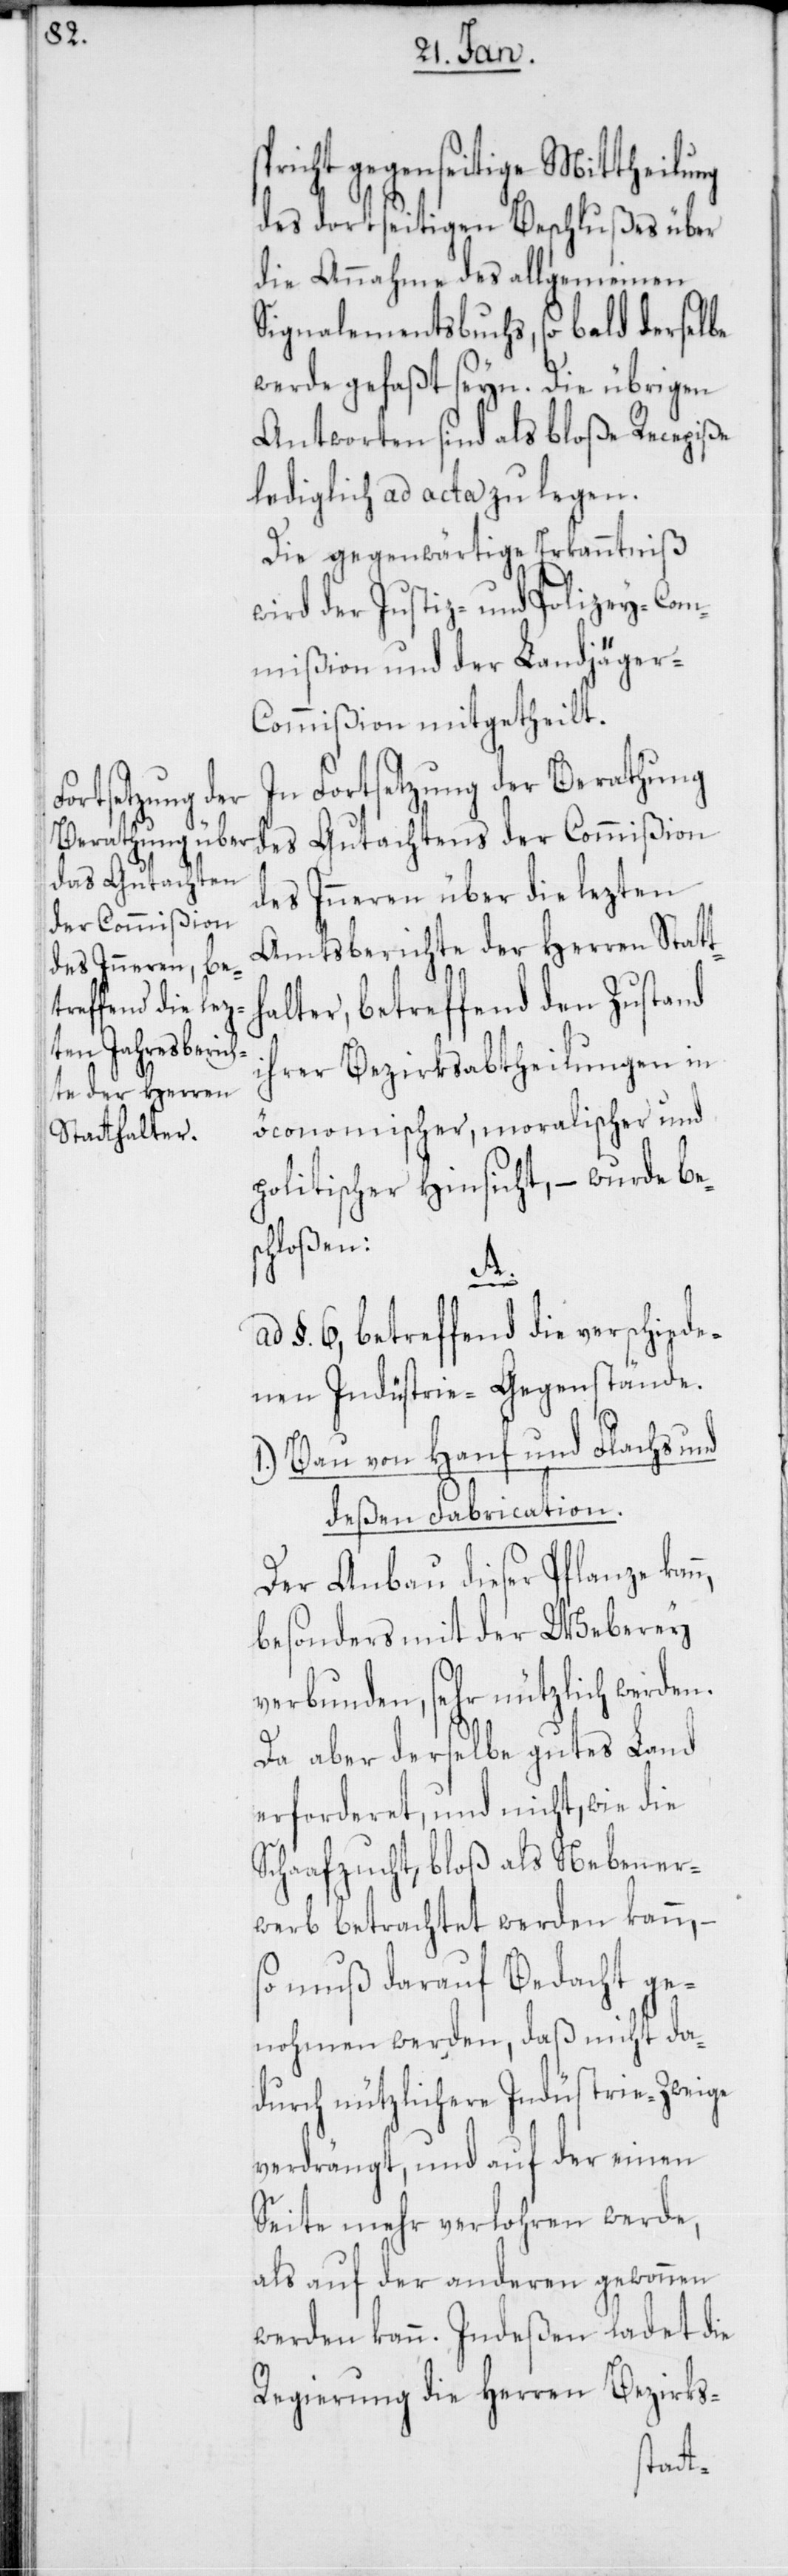
pricht gegenseitige Mittheilung
des dortseitigen Beschlußes über
die Annahme des allgemeinen
Signalementsbuchs, sobald derselbe
werde gefaßt seyn. Die übrigen
Antworten sind als bloße Recepiße
lediglich ad acta zu legen.
Die gegenwärtige Erkanntniß
wird der Justiz- und Polizey-Com¬
mißion und der Landjäger-C¬
ommißion mitgetheilt.
In Fortsetzung der Berathung
des Gutachtens der Commißion
des Inneren über die lezten
Amtsberichte der Herren Statt¬
halter, betreffend den Zustand
ihrer Bezirksabtheilungen in
öconomischer, moralischer und
politischer Hinsicht, – wurde bes¬
chloßen:
n,
§. 6, betreffend die verschiede¬
nen Industrie-Gegenstände.
Bau von Hanf und Flachs und
deßen Fabrication.
Der Anbau dieser Pflanze kan¬
besonders mit der Weberey
verbunden, sehr nützlich werden.
Da aber derselbe gutes Land
erforderet, und nicht, wie die
Schaafzucht, bloß als Nebener¬
werb betrachtet werden kann, –
so muß darauf Bedacht ge¬
nohmen werden, daß nicht da¬
durch nützlichere Industrie-Zweige
verdrängt, und auf der einen
Seite mehr verloren werde,
als auf der anderen gewonnen
werden kann. Indeßen ladet die
Regierung die Herren Bezirks-